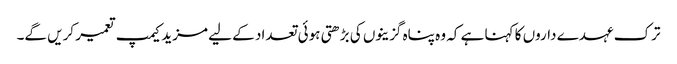
ترک عہدے داروں کا کہنا ہے کہ وہ پناہ گزینوں کی بڑھتی ہوئی تعداد کے لیے مزید کیمپ تعمیر کریں گے۔